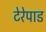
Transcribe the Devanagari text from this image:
टेरेपाड